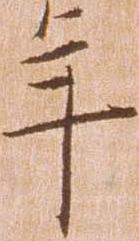
年